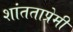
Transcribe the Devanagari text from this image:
शांतताप्रेमी